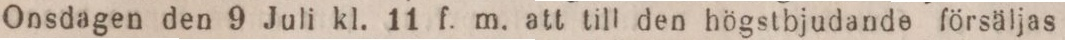
Onsdagen den 9 Juli kl. 11 f. m. att till den högstbjudande försäljas